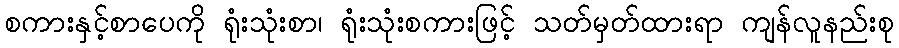
စကားနှင့်စာပေကို ရုံးသုံးစာ၊ ရုံးသုံးစကားဖြင့် သတ်မှတ်ထားရာ ကျန်လူနည်းစု